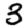
Digit: 3